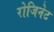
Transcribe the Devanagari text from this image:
रोजिनेट